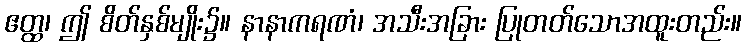
ဧတ္ထ၊ ဤ စိတ်နှစ်မျိုး၌။ နာနာကရဏံ၊ အသီးအခြား ပြုတတ်သောအထူးတည်း။